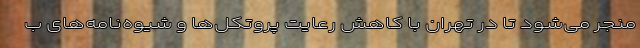
منجر می‌شود تا در تهران با کاهش رعایت پروتکل‌ها و شیوه‌نامه‌های ب